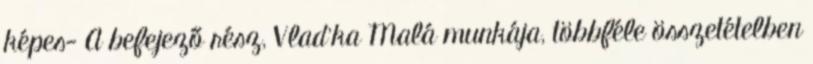
képes- A befejező rész, Vlad'ka Malá munkája, többféle összetételben